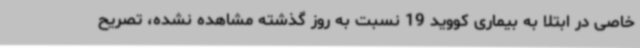
خاصی در ابتلا به بیماری کووید 19 نسبت به روز گذشته مشاهده نشده، تصریح